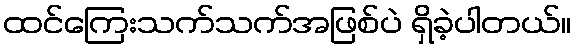
ထင်ကြေးသက်သက်အဖြစ်ပဲ ရှိခဲ့ပါတယ်။